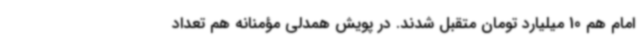
امام‌ هم 10 میلیارد تومان متقبل شدند. در پویش همدلی مؤمنانه هم تعداد